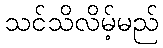
သင်သိလိမ့်မည်